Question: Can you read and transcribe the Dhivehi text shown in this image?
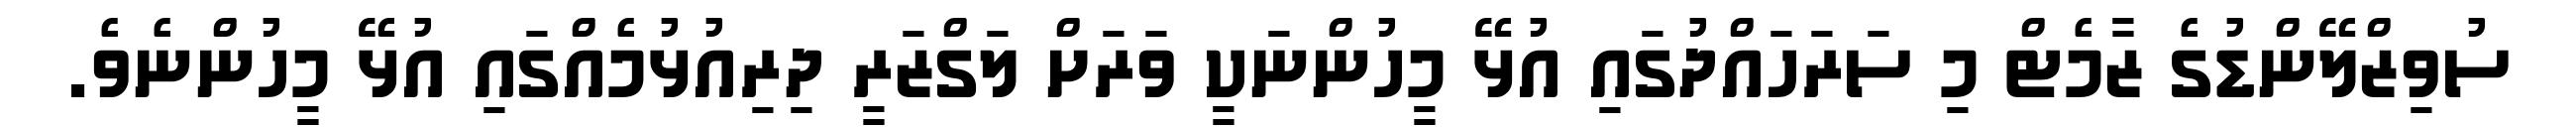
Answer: ސުވިޒްލޭންޑުގެ ޒާމެޓް މި ސަރަހައްދުގައި އުޅޭ މީހުންނަކީ ވަރަށް ލަގްޒަރީ ދިރިއުޅުމެއްގައި އުޅޭ މީހުންނެވެ.